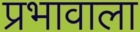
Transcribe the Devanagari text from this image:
प्रभावाला